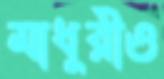
মাধুরীও